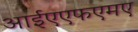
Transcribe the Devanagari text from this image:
आईएएफएमए